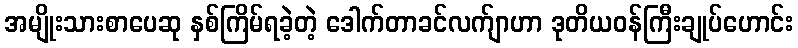
အမျိုးသားစာပေဆု နှစ်ကြိမ်ရခဲ့တဲ့ ဒေါက်တာခင်လက်ျာဟာ ဒုတိယဝန်ကြီးချုပ်ဟောင်း